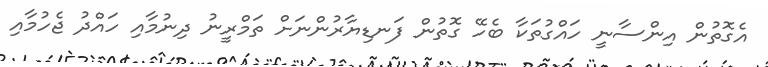
އެގޮތުން އިންސާނީ ހައްގުތަކާ ބެހޭ ގޮތުން ފަނޑިޔާރުންނަށް ތަމްރީނު ދިނުމާއި ހައްދު ޖެހުމާއި